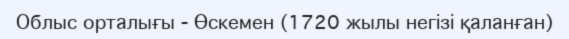
Облыс орталығы - Өскемен (1720 жылы негізі қаланған)